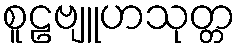
စူဠဗျူဟသုတ္တ